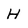
Character: H